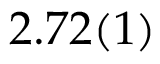
2 . 7 2 ( 1 )